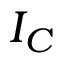
I _ { C }